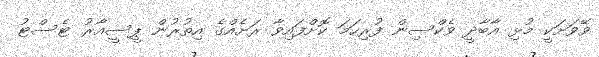
ވޭވަށަކީ މުޅި އާބާދީ ވެކްސިން ފުރިހަމަ ކޮށްފައިވާ ރަށެއްގެ އިތުރުން ޕީސީއާރު ޓެސްޓު